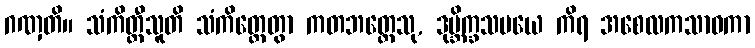
ဂဏှတိ။ သံကိတ္တီသူတိ သံကိတ္တေတွာ ကတဘတ္တေသု, ဒုဗ္ဘိက္ခသမယေ ကိရ အစေလကသာဝကာ